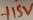
Text: +15V